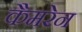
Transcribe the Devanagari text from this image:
कैमरेन